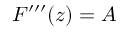
F ^ { \prime \prime \prime } ( z ) = A